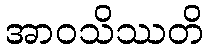
အာဝသိဿတိ